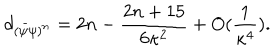
LaTeX: d _ { ( \bar { \psi } \psi ) ^ { n } } = 2 n - { \frac { 2 n + 1 5 } { 6 \kappa ^ { 2 } } } + O ( { \frac { 1 } { \kappa ^ { 4 } } } ) .